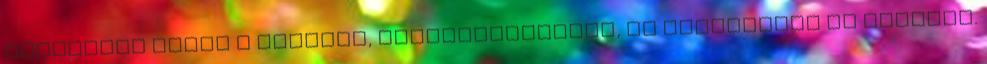
elhagytam volna a műhelyt, visszafordultam, és odaszóltam az öregnek.